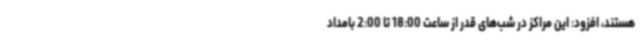
هستند، افزود: این مراکز در شب‌های قدر از ساعت 18:00 تا 2:00 بامداد